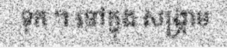
ទុក ។ នៅក្នុង សង្គ្រាម